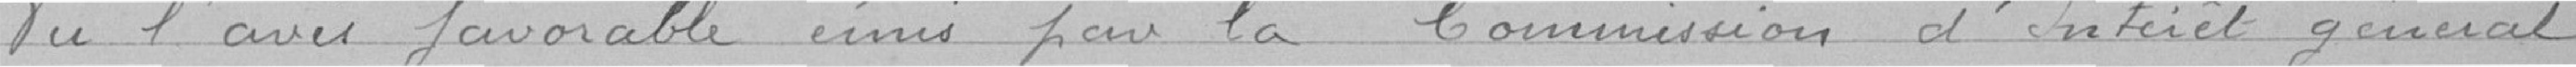
Vu l'avis favorable émis par la Commission d'intérêt général